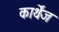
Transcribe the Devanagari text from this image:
कार्थेंज